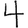
Digit: 4